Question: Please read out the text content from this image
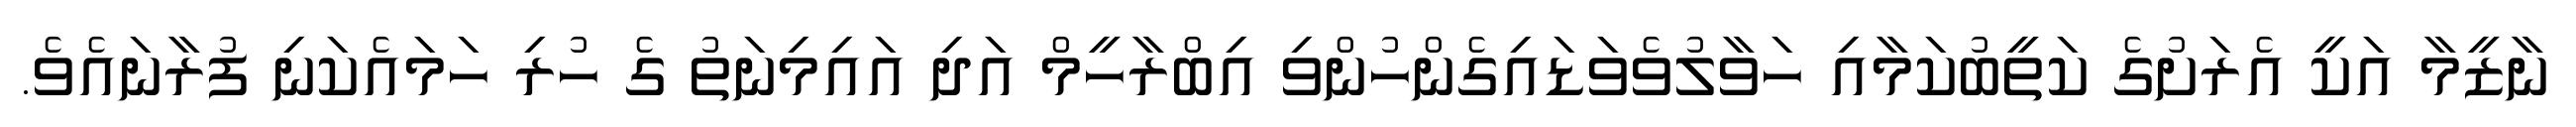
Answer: ނާޒީމާ އަކީ އެރަށުގެ ކަތީބުކަމާއި ހަވާލުވެވަޑައިގެންހުންވި އިބްރާހީމް އަދި އައިމިނަތު ގެ ހުރި ހަމައެކަނި ފުރާނައެވެ.